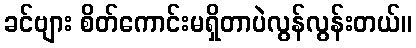
ခင်ဗျား စိတ်ကောင်းမရှိတာပဲလွန်လွန်းတယ်။